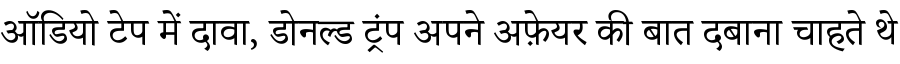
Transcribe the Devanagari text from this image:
ऑडियो टेप में दावा, डोनल्ड ट्रंप अपने अफ़ेयर की बात दबाना चाहते थे